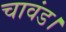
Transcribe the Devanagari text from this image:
चावंड।